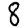
Digit: 8